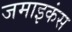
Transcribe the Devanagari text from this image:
जमाइकंस